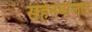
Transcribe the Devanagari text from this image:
सहनषीलता